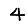
Digit: 4